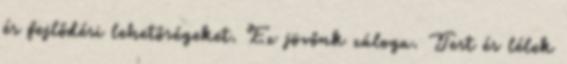
és fejlődési lehetőségeket. Ez jövőnk záloga. Test és lélek